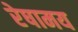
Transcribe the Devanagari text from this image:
रेषामय